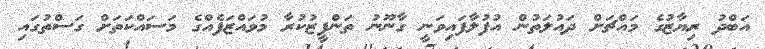
އަބްދު ރިޔާޒުގެ މައްޗަށް ދައުލަތުން އުފުލާފައިވަނީ ގާނޫނު ތަންފީޒުކުރާ މުވައްޒަފެއްގެ މަސައްކަތަށް ގަސްތުގައި